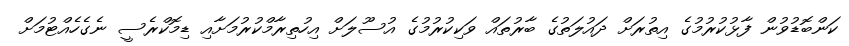
ކަންބޮޑުވުން ފާޅުކުރުމުގެ އިތުރަށް ދައުލަތުގެ ބާރުތައް ވަކިކުރުމުގެ އުސޫލަށް އިހުތިރާމްކުރުމަށާއި ޑިމޮކްރެސީ ނެގެހެއްޓުމަށް